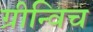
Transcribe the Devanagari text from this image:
ग्रीन्विच